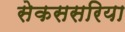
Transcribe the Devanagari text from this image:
सेकससरिया